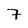
Character: 7